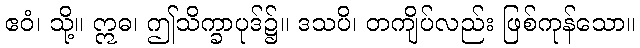
ဧဝံ၊ သို့။ ဣဓ၊ ဤသိက္ခာပုဒ်၌။ ဒသပိ၊ တကျိပ်လည်း ဖြစ်ကုန်သော။